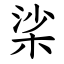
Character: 桬